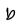
Character: b